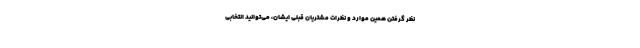
نظر گرفتن همین موارد و نظرات مشتریان قبلی ایشان، می‌توانید انتخابی